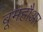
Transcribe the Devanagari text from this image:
बूमहौअर